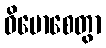
ဝိမောစေတွာ